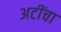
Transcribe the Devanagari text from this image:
अटींचा